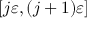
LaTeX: [ j \varepsilon , ( j + 1 ) \varepsilon ]